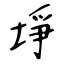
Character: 埩